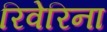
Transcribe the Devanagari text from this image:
रिवेरिना